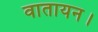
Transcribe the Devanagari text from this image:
वातायन।